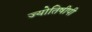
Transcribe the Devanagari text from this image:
ज्योतिषीपी